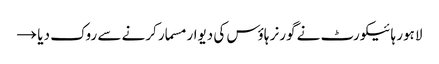
لاہور ہائیکورٹ نے گورنر ہاؤس کی دیوار مسمار کرنے سے روک دیا →